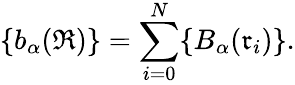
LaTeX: \{ b_{\alpha}(\mathfrak{R})\} =\sum_{i=0}^{N}\{ B_{\alpha}(\mathfrak{r}_{i})\} .